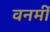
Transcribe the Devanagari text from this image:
वनमीं